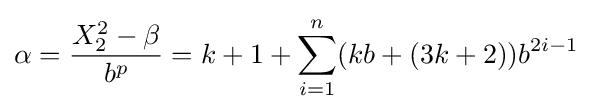
\alpha ={\frac {X_{2}^{2}-\beta }{b^{p}}}=k+1+\sum _{i=1}^{n}(kb+(3k+2))b^{2i-1}